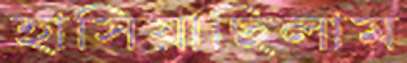
হাসিয়াছিলাম